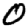
Digit: 0